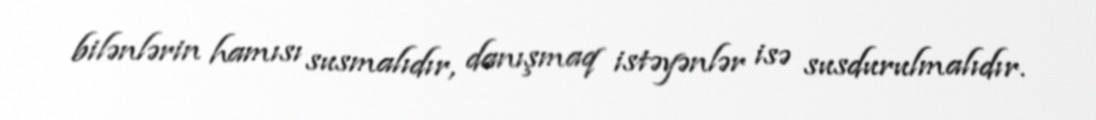
bilənlərin hamısı susmalıdır, danışmaq istəyənlər isə susdurulmalıdır.